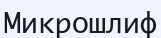
Микрошлиф